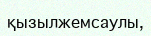
қызылжемсаулы,